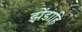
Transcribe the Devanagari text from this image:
झेंडाहि